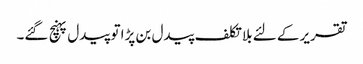
تقریر کے لئے بلا تکلف پیدل بن پڑا تو پیدل پہنچ گئے۔